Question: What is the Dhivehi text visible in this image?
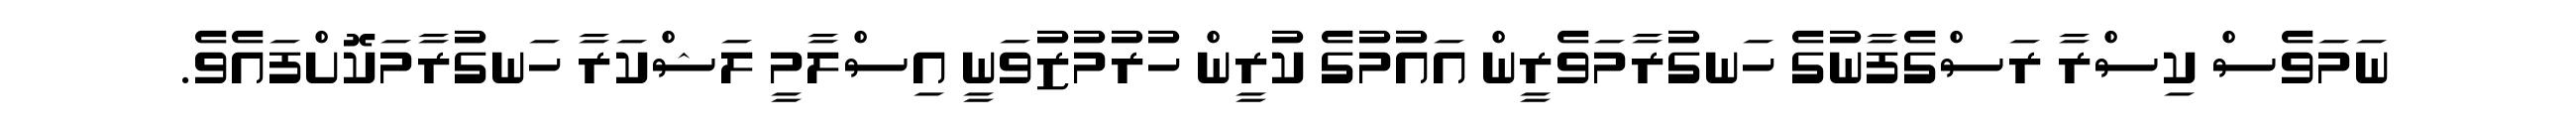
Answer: ނަމަވެސް ކިސްރާ ރަސްގެފާނުގެ ހަނގުރާމަވެރީން އައުމުގެ ކުރީން ހުރުމުޒުވަނީ އިސްލާމީ ލަޝްކަރާ ހަނގުރާމަކޮށްފައެވެ.